Indian journal of veterinary science and animal husbandry - Volume 3,
Year: 1933
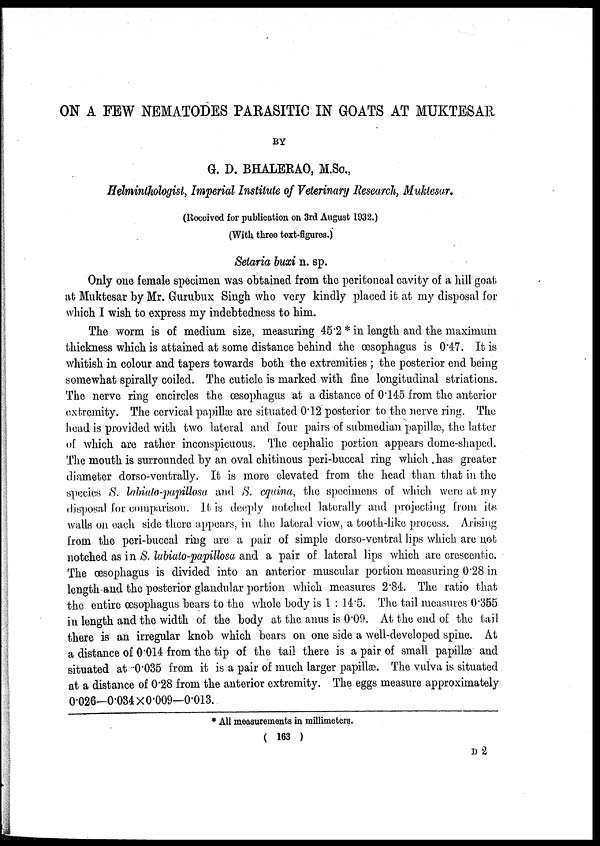
ON A FEW NEMATODES PARASITIC IN GOATS AT MUKTESAR
BY
G. D. BHALERAO, M.Sc.,
Helminthologist, Imperial Institute of Veterinary Research, Muktesar.
(Received for publication on 3rd August 1932.)
(With three text-figures.)
Setaria buxi n. sp.
Only one female specimen was obtained from the peritoneal cavity of a hill goat
at Muktesar by Mr. Gurubux Singh who very kindly placed it at my disposal for
which I wish to express my indebtedness to him.
The worm is of medium size, measuring 45.2 * in length and the maximum
thickness which is attained at some distance behind the œsophagus is 0.47. It is
whitish in colour and tapers towards both the extremities ; the posterior end being
somewhat spirally coiled. The cuticle is marked with fine longitudinal striations.
The nerve ring encircles the œsophagus at a distance of 0.145 from the anterior
extremity. The cervical papillæ are situated 0.12 posterior to the nerve ring. The
head is provided with two lateral and. four pairs of submedian papillæ, the latter
of which are rather inconspicuous. The cephalic portion appears dome-shaped.
The mouth is surrounded by an oval chitinous peri-buccal ring which has greater
diameter dorso-ventrally. It is more elevated from the head than that in the
species S. labiulo-papillosa and S. equina, the specimens of which were at my
disposal for comparison. It is deeply notched laterally and projecting from, its
walls on each side there appears, in the lateral view, a tooth-like process. Arising
from the peri-buccal ring are a pair of simple dorso-ventral lips which are not
notched as in S. labiato-papillosa and a pair of lateral lips which are crescentic.
The œsophagus is divided into an anterior muscular portion measuring 0.28 in
length and the posterior glandular portion which measures 2.84. The ratio that
the entire œsophagus bears to the whole body is 1 : 14.5. The tail measures 0.355
in length and the width of the body at the anus is 0.09. At the end of the tail
there is an irregular knob which bears on one side a well-developed spine. At
a distance of 0.014 from the tip of the tail there is a pair of small papillæ and
situated at 0.035 from it is a pair of much larger papillæ. The vulva is situated
at a distance of 0.28 from the anterior extremity. The eggs measure approximately
0.026—0.034 ×0.009—0.013.
* All measurements in millimeters.
( 163 )
D 2